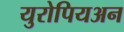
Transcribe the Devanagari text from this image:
युरोपियअन